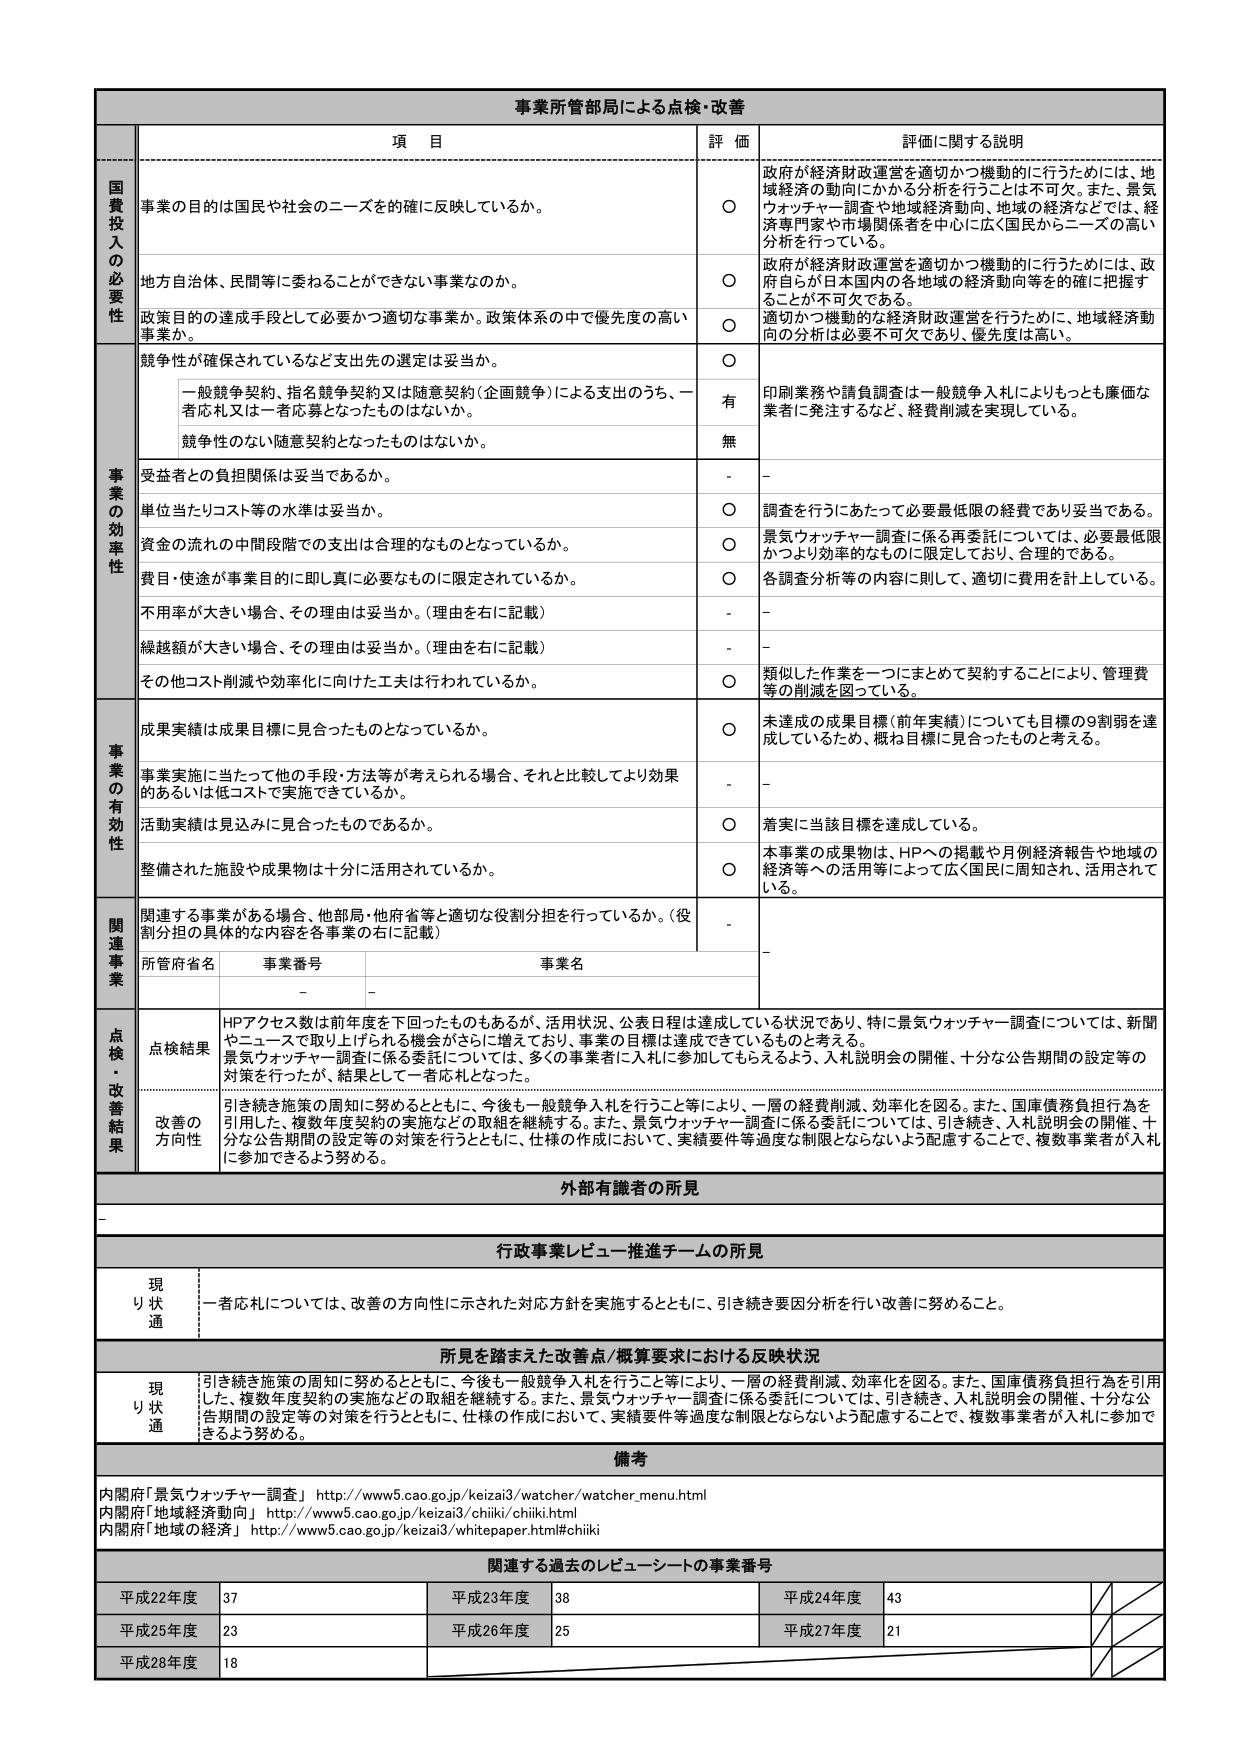
事業所管部局による点検・改善

項 目 評 価 評価に関する説明

国費投入の必要性
事業の目的は国民や社会のニーズを的確に反映しているか。
〇 政府が経済財政運営を適切かつ機動的に行うためには、地域経済の動向にかかる分析を行うことは不可欠。また、景気ウォッチャー調査や地域経済動向、地域の経済などでは、経済専門家や市場関係者を中心に広く国民からニーズの高い分析を行っている。

地方自治体、民間等に委ねることができない事業なのか。
〇 政府が経済財政運営を適切かつ機動的に行うためには、政府自らが日本国内の各地域の経済動向等を的確に把握することが不可欠である。

政策目的の達成手段として必要かつ適切な事業か。政策体系の中で優先度の高い事業か。
〇 適切かつ機動的な経済財政運営を行うために、地域経済動向の分析は必要不可欠であり、優先度は高い。

事業の効率性
競争性が確保されているなど支出先の選定は妥当か。
〇 印刷業務や請負調査は一般競争入札によりもっとも廉価な業者に発注するなど、経費削減を実現している。

一般競争契約、指名競争契約又は随意契約（企画競争）による支出のうち、一者応札又は一者応募となったものはないか。
有

競争性のない随意契約となったものはないか。
無

受益者との負担関係は妥当であるか。
- -

単位当たりコスト等の水準は妥当か。
〇 調査を行うにあたって必要最低限の経費であり妥当である。

資金の流れの中間段階での支出は合理的なものとなっているか。
〇 景気ウォッチャー調査に係る再委託については、必要最低限かつより効率的なものに限定しており、合理的である。

費用・使途が事業目的に即し真に必要なものに限定されているか。
〇 各調査分析等の内容に則して、適切に費用を計上している。

不用率が大きい場合、その理由は妥当か。（理由を右に記載）
- -

繰越額が大きい場合、その理由は妥当か。（理由を右に記載）
- -

その他コスト削減や効率化に向けた工夫は行われているか。
〇 類似した作業を一つにまとめて契約することにより、管理費等の削減を図っている。

事業の有効性
成果実績は成果目標に見合ったものとなっているか。
〇 未達成の成果目標（前年実績）についても目標の9割弱を達成しているため、概ね目標に見合ったものと考える。

事業実施に当たって他の手段・方法等が考えられる場合、それと比較してより効果的あるいは低コストで実施できているか。
- -

活動実績は見込みに見合ったものであるか。
〇 着実に当該目標を達成している。

整備された施設や成果物は十分に活用されているか。
〇 本事業の成果物は、HPへの掲載や月例経済報告や地域の経済等への活用等によって広く国民に周知され、活用されている。

関連事業
関連する事業がある場合、他部局・他府省等と適切な役割分担を行っているか。（役割分担の具体的な内容を各事業の右に記載）
- -

所管府省名 事業番号 事業名
- - -

点検・改善結果
点検結果 HPアクセス数は前年度を下回ったものもあるが、活用状況、公表日程は達成している状況であり、特に景気ウォッチャー調査については、新聞やニュースで取り上げられる機会がさらに増えており、事業の目標は達成できているものと考える。景気ウォッチャー調査に係る委託については、多くの事業者に入札に参加してもらえるよう、入札説明会の開催、十分な公告期間の設定等の対策を行ったが、結果として一者応札となった。

改善の方向性 引き続き施策の周知に努めるとともに、今後も一般競争入札を行うこと等により、一層の経費削減、効率化を図る。また、国庫債務負担行為を引用した、複数年度契約の実施などの取組を継続する。また、景気ウォッチャー調査に係る委託については、引き続き、入札説明会の開催、十分な公告期間の設定等の対策を行うとともに、仕様の作成において、実績要件等過度な制限とならないよう配慮することで、複数事業者が入札に参加できるよう努める。

外部有識者の所見
-

行政事業レビュー推進チームの所見
現状通 一者応札については、改善の方向性に示された対応方針を実施するとともに、引き続き要因分析を行い改善に努めること。

所見を踏まえた改善点/概算要求における反映状況
現状通 引き続き施策の周知に努めるとともに、今後も一般競争入札を行うこと等により、一層の経費削減、効率化を図る。また、国庫債務負担行為を引用した、複数年度契約の実施などの取組を継続する。また、景気ウォッチャー調査に係る委託については、引き続き、入札説明会の開催、十分な公告期間の設定等の対策を行うとともに、仕様の作成において、実績要件等過度な制限とならないよう配慮することで、複数事業者が入札に参加できるよう努める。

備考
内閣府「景気ウォッチャー調査」 http://www5.cao.go.jp/keizai3/watcher/watcher_menu.html
内閣府「地域経済動向」 http://www5.cao.go.jp/keizai3/chiiki/chiiki.html
内閣府「地域の経済」 http://www5.cao.go.jp/keizai3/whitepaper.html#chiiki

関連する過去のレビューシートの事業番号
平成22年度 37 平成23年度 38 平成24年度 43
平成25年度 23 平成26年度 25 平成27年度 21
平成28年度 18